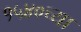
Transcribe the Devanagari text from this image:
१५४०च्या